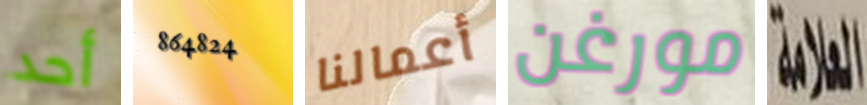
أحد 864824 أعمالنا مورغن العلامة